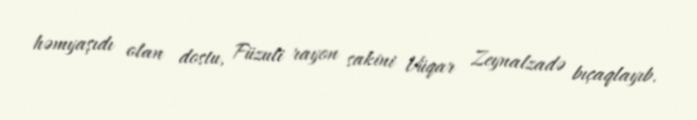
həmyaşıdı olan dostu, Füzuli rayon sakini Vüqar Zeynalzadə bıçaqlayıb.